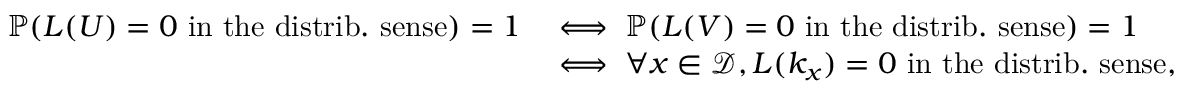
\begin{array} { r l } { \mathbb { P } ( L ( U ) = 0 \mathrm { ~ i n ~ t h e ~ d i s t r i b . ~ s e n s e } ) = 1 } & { \iff \mathbb { P } ( L ( V ) = 0 \mathrm { ~ i n ~ t h e ~ d i s t r i b . ~ s e n s e } ) = 1 } \\ & { \iff \forall x \in \mathcal { D } , L ( k _ { x } ) = 0 \mathrm { ~ i n ~ t h e ~ d i s t r i b . ~ s e n s e } , } \end{array}